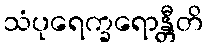
သံပုရေက္ခရောန္တီတိ